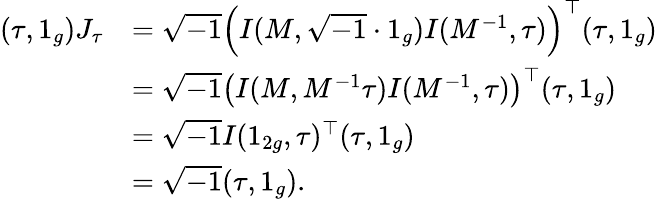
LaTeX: \begin{array}{rl}{(\tau,1_{g})J_{\tau}}&{=\sqrt{-1}\left(I(M,\sqrt{-1}\cdot 1_{g})I(M^{-1},\tau)\right)^{\top}(\tau,1_{g})}\\ &{=\sqrt{-1}\left(I(M,M^{-1}\tau)I(M^{-1},\tau)\right)^{\top}(\tau,1_{g})}\\ &{=\sqrt{-1}I(1_{2g},\tau)^{\top}(\tau,1_{g})}\\ &{=\sqrt{-1}(\tau,1_{g}).}\end{array}